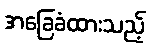
အခြေခံထားသည့်